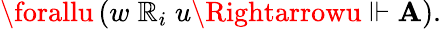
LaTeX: \forallu\, (w\; \mathbb{R}_{i}\; u\Rightarrowu\Vdash\mathbf{A}).